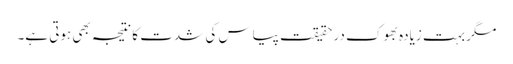
مگر بہت زیادہ بھوک درحقیقت پیاس کی شدت کا نتیجہ بھی ہوتی ہے۔